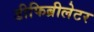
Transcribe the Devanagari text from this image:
डीफिब्रीलेटर